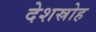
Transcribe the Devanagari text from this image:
देशस्रोह